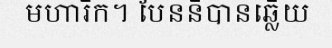
មហារីក។ បែននីបានឆ្លើយ